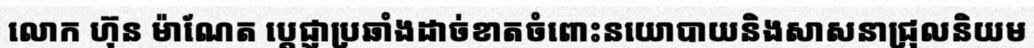
លោក ហ៊ុន ម៉ាណែត ប្តេជ្ញាប្រឆាំងដាច់ខាតចំពោះនយោបាយនិងសាសនាជ្រុលនិយម